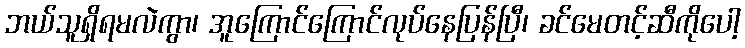
ဘယ်သူရှိရမလဲကွာ၊ အူကြောင်ကြောင်လုပ်နေပြန်ပြီ၊ ခင်မေတင့်ဆီကိုပေါ့